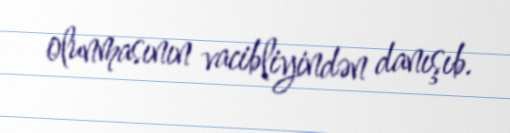
olunmasının vacibliyindən danışıb.